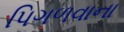
પિગળવાના